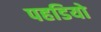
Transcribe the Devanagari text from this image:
पहडियो